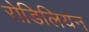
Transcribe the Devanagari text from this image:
रोडिलियन